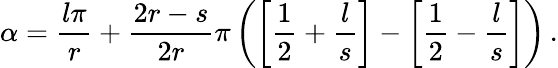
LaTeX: \alpha=\frac{l\pi}{r}+\frac{2r-s}{2r}\pi\left(\left[\frac{1}{2}+\frac{l}{s}\right]-\left[\frac{1}{2}-\frac{l}{s}\right]\right)\, .